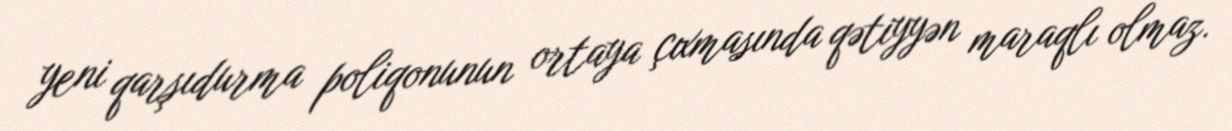
yeni qarşıdurma poliqonunun ortaya çıxmasında qətiyyən maraqlı olmaz.